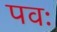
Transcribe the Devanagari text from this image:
पवः